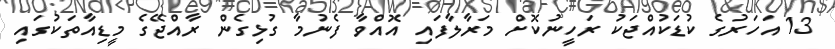
13 އަހަރުގެ ކުޑަކުއްޖަކު ރަހީނުކޮށް މަރާލާފައި އޮއްވާ ފެނުމާ ގުޅިގެން ރާއްޖޭގެ މީޑިއާތަކުގައި